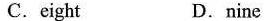
C. eight D. nine